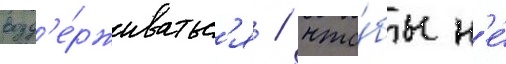
возд'е́рживатьс'я / что́бы н'е́